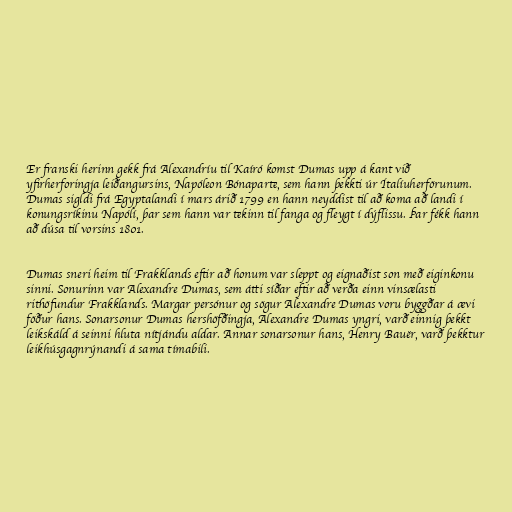
Er franski herinn gekk frá Alexandríu til Kaíró komst Dumas upp á kant við
yfirherforingja leiðangursins, Napóleon Bónaparte, sem hann þekkti úr Ítalíuherförunum.
Dumas sigldi frá Egyptalandi í mars árið 1799 en hann neyddist til að koma að landi í
konungsríkinu Napólí, þar sem hann var tekinn til fanga og fleygt í dýflissu. Þar fékk hann
að dúsa til vorsins 1801.

Dumas sneri heim til Frakklands eftir að honum var sleppt og eignaðist son með eiginkonu
sinni. Sonurinn var Alexandre Dumas, sem átti síðar eftir að verða einn vinsælasti
rithöfundur Frakklands. Margar persónur og sögur Alexandre Dumas voru byggðar á ævi
föður hans. Sonarsonur Dumas hershöfðingja, Alexandre Dumas yngri, varð einnig þekkt
leikskáld á seinni hluta nítjándu aldar. Annar sonarsonur hans, Henry Bauër, varð þekktur
leikhúsgagnrýnandi á sama tímabili.